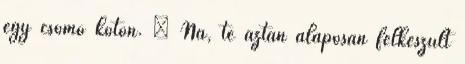
egy csomó koton. – Na, te aztán alaposan felkészült